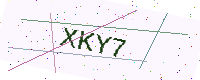
Text: XKY7